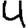
Digit: 4